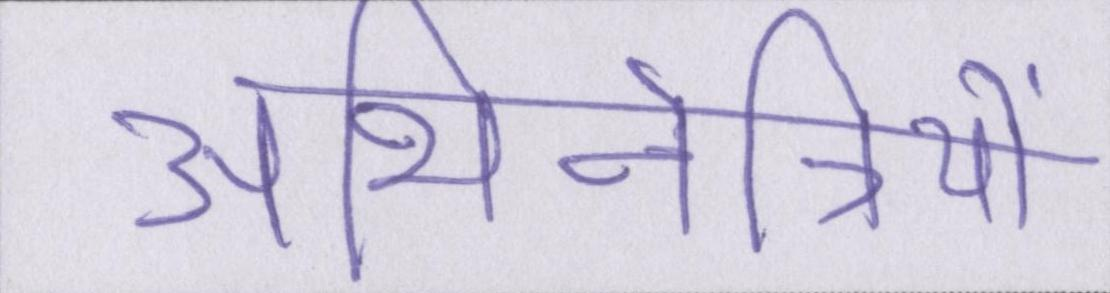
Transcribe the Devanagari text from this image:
अभिनेत्रियों